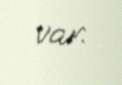
var.